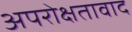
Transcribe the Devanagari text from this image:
अपरोक्षतावाद